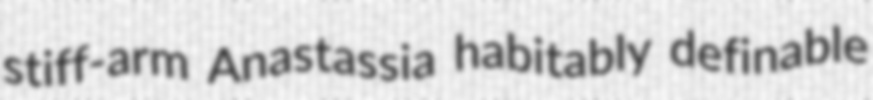
stiff-arm Anastassia habitably definable